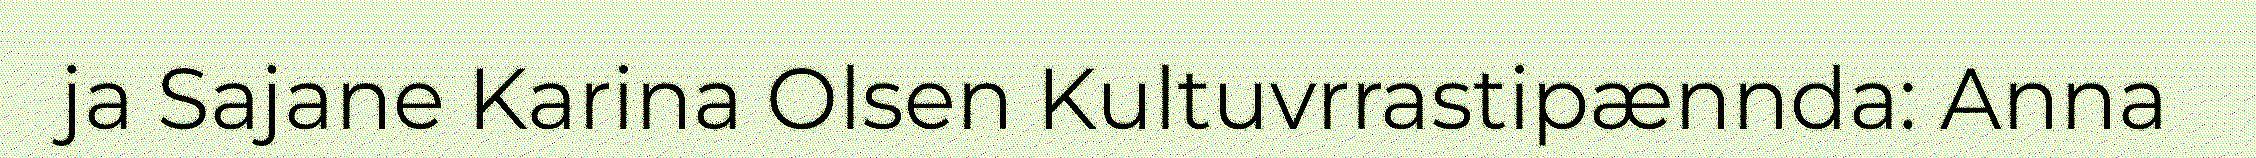
ja Sajane Karina Olsen Kultuvrrastipænnda: Anna